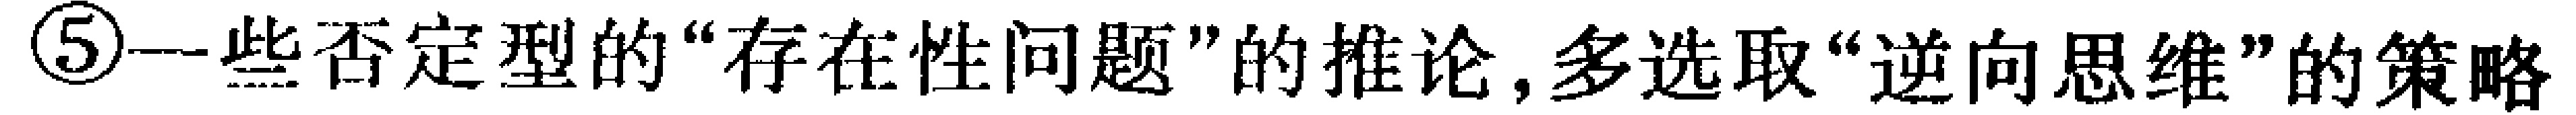
\textcircled{5}一些否定型的“存在性问题”的推论,多选取“逆向思维”的策略